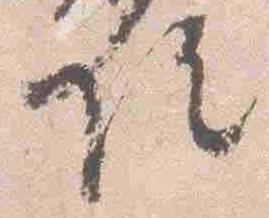
院